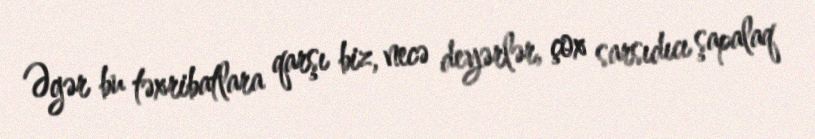
Əgər bu təxribatlara qarşı biz, necə deyərlər, çox sarsıdıcı şapalaq